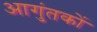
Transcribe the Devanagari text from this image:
आगुंतकों